Document type: bank_statement
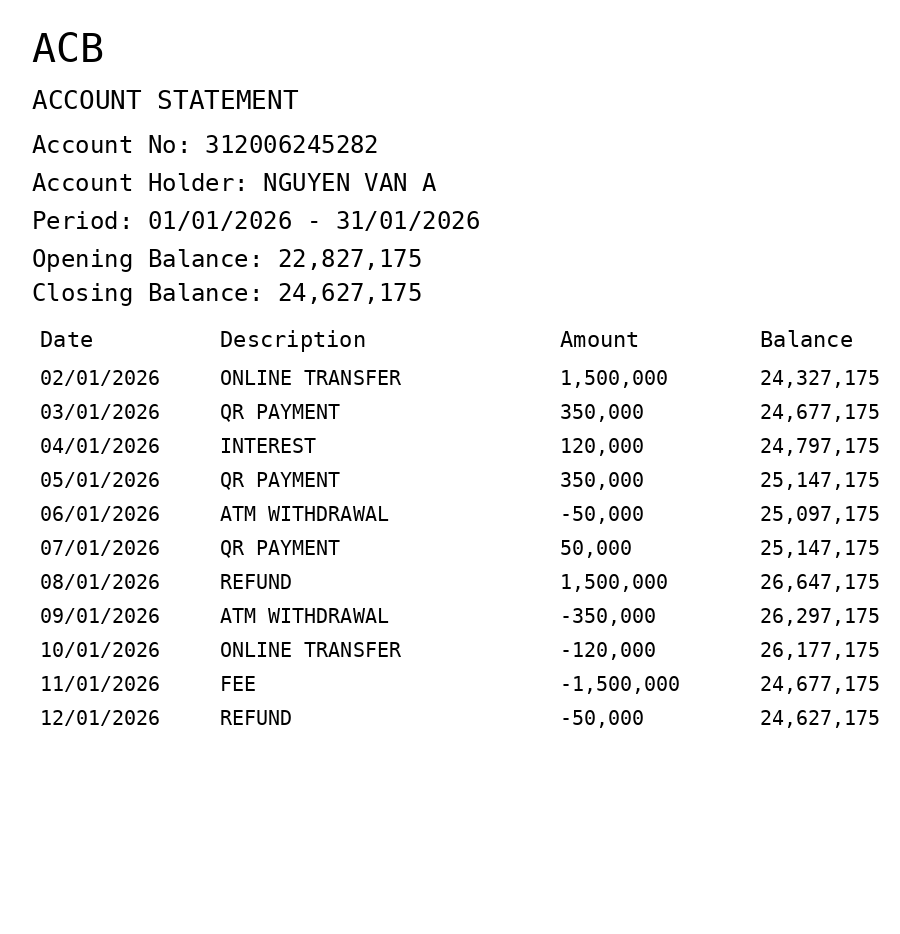
OCR transcript:
ACB
ACCOUNT STATEMENT
Account No: 312006245282
Account Holder: NGUYEN VAN A
Period: 01/01/2026 - 31/01/2026
Opening Balance: 22,827,175
Closing Balance: 24,627,175
Date
Description
Amount
Balance
02/01/2026
ONLINE TRANSFER
1,500,000
24,327,175
03/01/2026
QR PAYMENT
350,000
24,677,175
04/01/2026
INTEREST
120,000
24,797,175
05/01/2026
QR PAYMENT
350,000
25,147,175
06/01/2026
ATM WITHDRAWAL
-50,000
25,097,175
07/01/2026
QR PAYMENT
50,000
25,147,175
08/01/2026
REFUND
1,500,000
26,647,175
09/01/2026
ATM WITHDRAWAL
-350,000
26,297,175
10/01/2026
ONLINE TRANSFER
-120,000
26,177,175
11/01/2026
FEE
-1,500,000
24,677,175
12/01/2026
REFUND
-50,000
24,627,175
Extracted fields:
bank_name: acb
account_number: 312006245282
account_holder: nguyen van a
statement_period: 01/01/2026 - 31/01/2026
opening_balance: 22827175
closing_balance: 24627175
transactions: date: 2026-01-02
description: online transfer
amount: 1500000
balance: 24327175
date: 2026-01-03
description: qr payment
amount: 350000
balance: 24677175
date: 2026-01-04
description: interest
amount: 120000
balance: 24797175
date: 2026-01-05
description: qr payment
amount: 350000
balance: 25147175
date: 2026-01-06
description: atm withdrawal
amount: -50000
balance: 25097175
date: 2026-01-07
description: qr payment
amount: 50000
balance: 25147175
date: 2026-01-08
description: refund
amount: 1500000
balance: 26647175
date: 2026-01-09
description: atm withdrawal
amount: -350000
balance: 26297175
date: 2026-01-10
description: online transfer
amount: -120000
balance: 26177175
date: 2026-01-11
description: fee
amount: -1500000
balance: 24677175
date: 2026-01-12
description: refund
amount: -50000
balance: 24627175